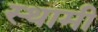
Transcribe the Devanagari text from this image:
स्थामी